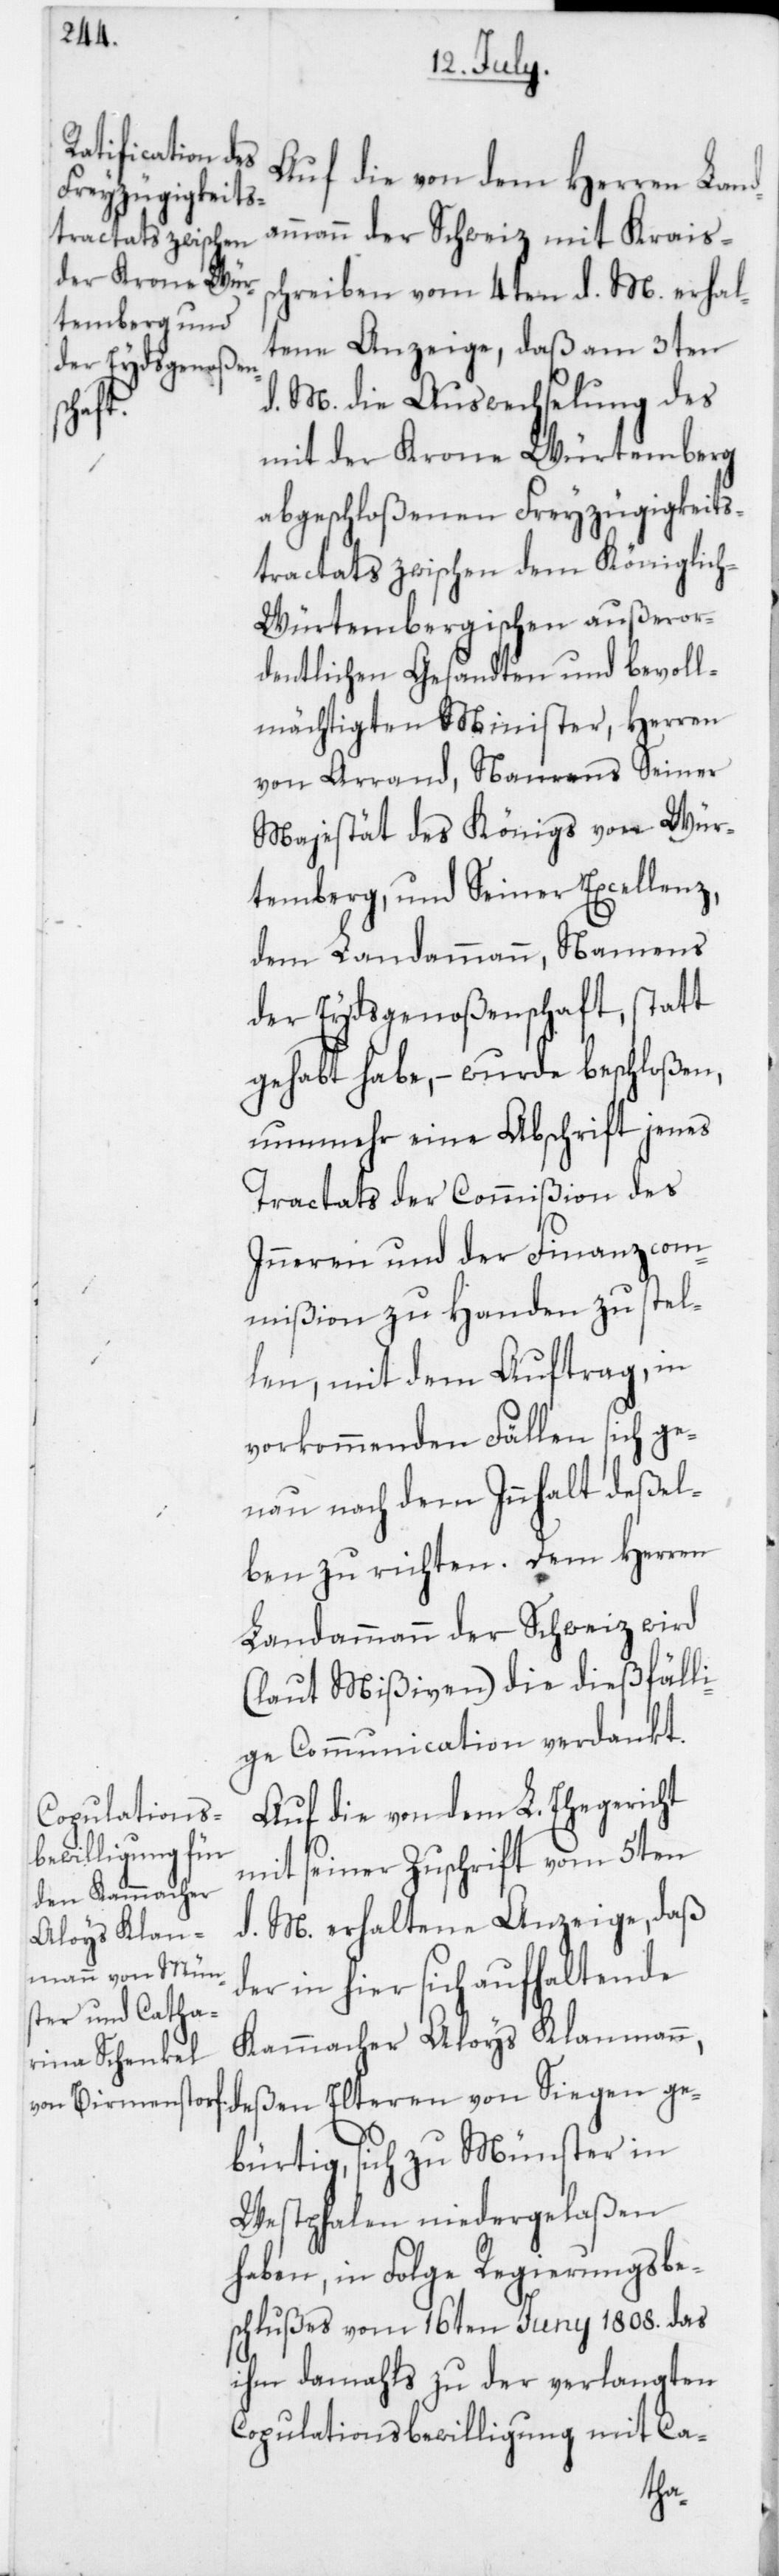
d¬

Auf die von dem Herren Land¬
ammann der Schweiz mit Kraiss¬
chreiben vom 4ten d. M. erhal¬
tene Anzeige, daß am 3ten
d. M. die Auswechslung des
mit der Krone Würtemberg
abgeschloßenen Freyzügigkeits¬
tractats zwischen dem Königlic¬
h-Würtembergischen außeror¬
dentlichen Gesandten und bevoll¬
mächtigten Minister, Herren
von Arrand, Namens Seiner
Majestät des Königs von Wür¬
temberg, und Seiner Excellenz,
dem Landammann, Namens
der Eydsgenoßenschaft, statt
gehabt habe, – wurde beschloßen,
nunmehr eine Abschrift jenes
Tractats der Commißion des
Inneren und der Finanzcom¬
mißion zu Handen zu stel¬
len, mit dem Auftrag, in
vorkommenden Fällen sich ge¬
nau nach dem Innhalt deßel¬
ben zu richten. Dem Herren
Landammann der Schweiz wird
(laut Mißiven) die dießfäll¬
ige Communication verdankt.
Auf die von dem L. Ehegericht
mit seiner Zuschrift vom 5ten
d. M. erhaltene Anzeige, daß
er in hier sich aufhaltende
Kammmacher Aloys Klanmann,
deßen Elteren von Siegen ge¬
bürtig, sich zu Münster in
Westphalen niedergelaßen
haben, in Folge Regierungsbe¬
schlußes vom 16ten Juny 1808. das
ihm damahls zu der verlangten
Copulationsbewilligung mit Ca-